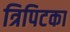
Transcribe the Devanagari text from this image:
त्रिपिटका